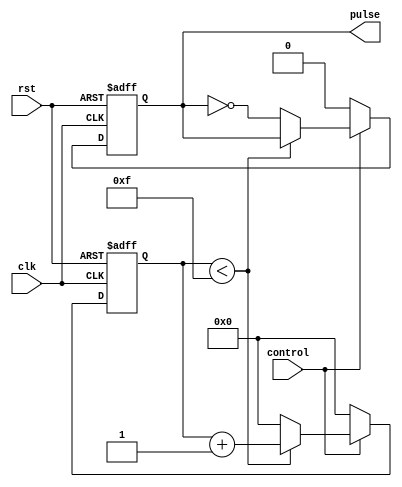
module pulse_width_generator (
    input wire clk,
    input wire rst,
    input wire control,
    output reg pulse
);

reg [3:0] counter;

always @ (posedge clk or posedge rst) begin
    if (rst) begin
        counter <= 4'b0000;
        pulse <= 1'b0;
    end else begin
        if (control) begin
            if (counter < 4'd15) begin
                counter <= counter + 4'b0001;
            end else begin
                counter <= 4'b0000;
                pulse <= ~pulse;
            end
        end else begin
            counter <= 4'b0000;
            pulse <= 1'b0;
        end
    end
end

endmodule